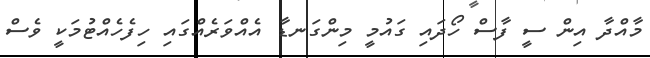
މާއްދާ އިން ސީ ފާސް ހޯދައި ގައުމީ މިންގަނޑާ އެއްވަރެއްގައި ހިފެހެއްޓުމަކީ ވެސް